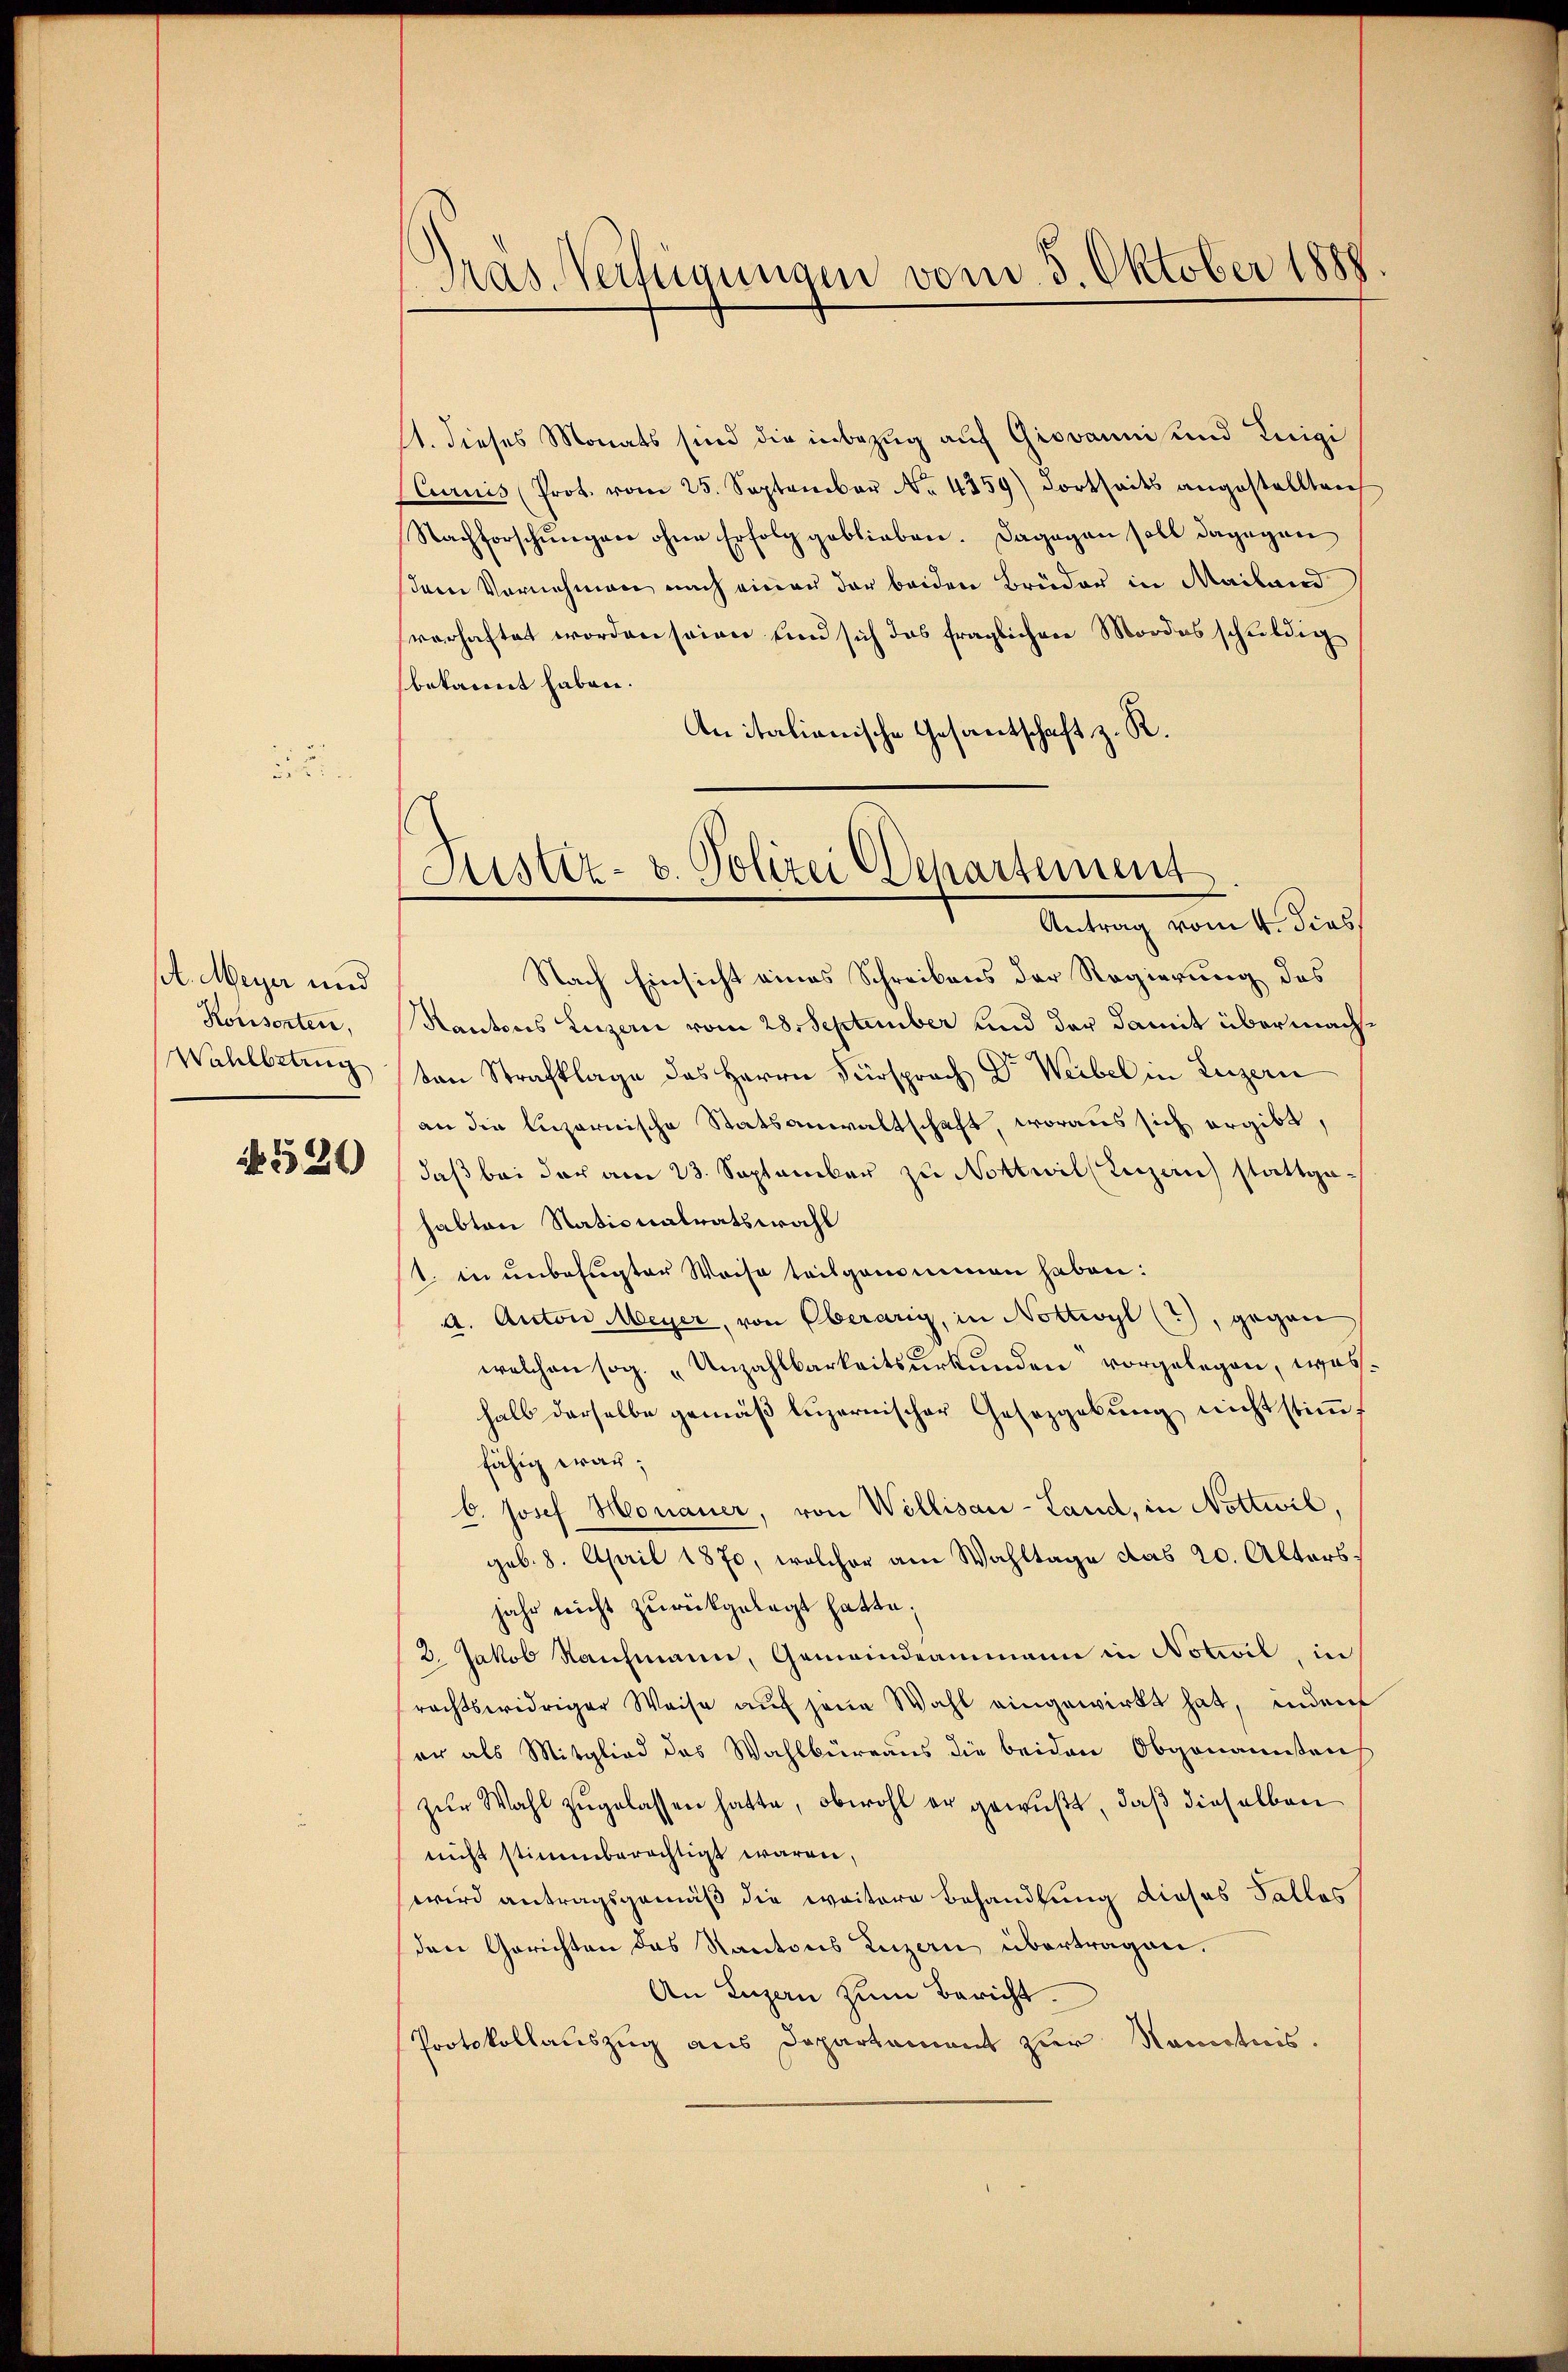
st. Meyer und
Konsorten.
Wahlbetrug

N 520

Pras. Verfügungen vom 5. Oktober 1888

Justiz- & Polizei Departement
Antrag vom 4. dies

11. dieses Monats sind die inbezug auf Giovannis und Luigi
CCurnis (Prot. vom 25. September No. 4359) dortseits angestellten
Nachforschungen ohne Erfolg geblieben. Dagegen soll dagegen
dem Vornehmen nach einen der beiden Brüder in Mailand
verhaftet worden seien und sich das fraglichen Mordes schuldig
bekannt haben.
An italianische Gesantschaft z. R.
Nach Einsicht eines Schreibens der Regierung des
Kantons Luzern vom 28. September und der damit übermachten Strafklage des Herrn Fürsprach Dr. Weibel in Luzern
an die luzernische Statsanwaltschaft, woraus sich ergibt,
daß bei der am 23. September zu Nottwil (Luzern) stattgehabten Stationalratswahl
1. in unbefugter Weise teilgenommen haben:
a. Anton Meyer, von Oberarig, in Nottwyl (?), gegen
welchen sog. „Unzahlbarkeitsurkunden vorgelegen, washalb derselbe gemäß luzernischer Gesetzgebung nicht stimmt
fähig war;
b. Josef Monauer, von Willisau-Land, in Nottwil,
geb. 8. April 1870, welcher am Wahltage das 20. Altors.
jahr nicht zurückgelegt hatte;
2. Jakob Kaufmann, Gemeindeammann in Notivil, in
rechtswidriger Weise auf jene Wahl eingewirkt hat, indem
er als Mitglied des Wahlbüreaus die beiden Obgenannten
zŭr Wahl zugelassen hatte, obwohl er gewußt, daß dieselben
nicht stimmberechtigt waren,
wird antragsgemäß die weitere Behandlung dieses Tallas
den Gerichten des Kantons Luzern übertragen.
An Luzern zum Bericht.
Protokollauszug aus Departement zur Kenntnis.